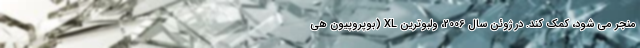
منجر می شود، کمک کند. در ژوئن سال 2006، ولبوترین XL (بوپروپیون هی